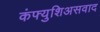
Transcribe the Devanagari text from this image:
कंफ्युशिअसवाद